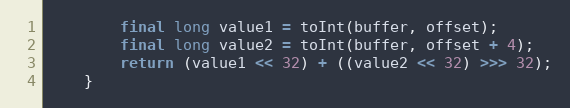
Language: Java
        final long value1 = toInt(buffer, offset);
        final long value2 = toInt(buffer, offset + 4);
        return (value1 << 32) + ((value2 << 32) >>> 32);
    }